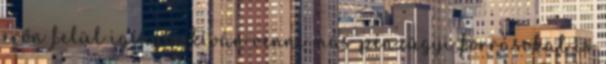
erőn felül igénybe kíván venni más pénzügyi forrásokat is